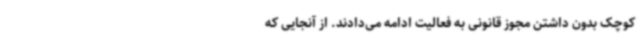
کوچک بدون داشتن مجوز قانونی به فعالیت ادامه می‌دادند. از آنجایی که